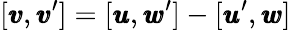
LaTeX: [{\pmb v},{\pmb v}^{\prime}]=[{\pmb u},{\pmb w}^{\prime}]-[{\pmb u}^{\prime},{\pmb w}]